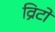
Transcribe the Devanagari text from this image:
व्रिटो